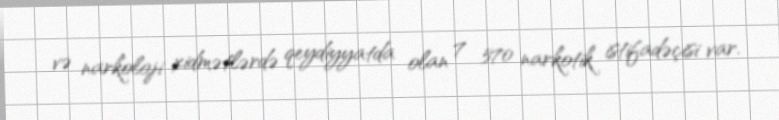
və narkoloji xidmətlərdə qeydiyyatda olan 7 570 narkotik istifadəçisi var.